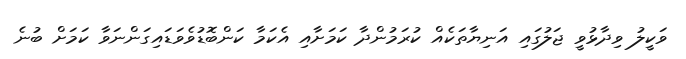
ވަކީލު ވިދާޅުވީ ޖަލުގައި އަނިޔާތަކެއް ކުރަމުންދާ ކަމަށާއި އެކަމާ ކަންބޮޑުވެވަޑައިގަންނަވާ ކަމަށް ބުނެ